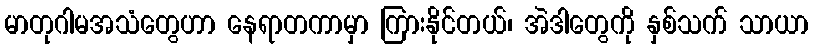
မာတုဂါမအသံတွေဟာ နေရာတကာမှာ ကြားနိုင်တယ်၊ အဲဒါတွေကို နှစ်သက် သာယာ